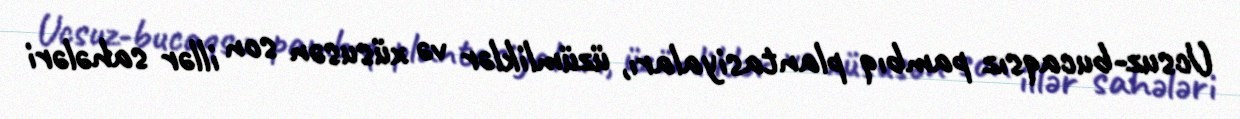
Ucsuz-bucaqsız pambıq plantasiyaları, üzümliklər və xüsusən son illər sahələri